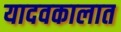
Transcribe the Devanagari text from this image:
यादवकालात